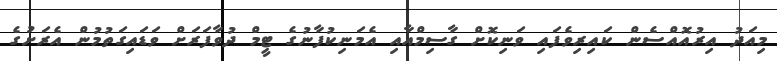
މިއަދު އިރުއޮއްސެން ކައިރިވެފައި ވަނިކޮށް ގާސިމްއާއި އެމަނިކުފާނުގެ ޓީމް ދުވާފަރަށް ވަޑައިގަތުމުން އެރަށުގެ